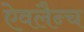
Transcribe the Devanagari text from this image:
ऐवलैन्च